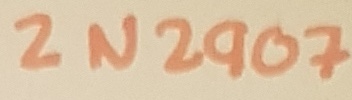
Text: 2N2907